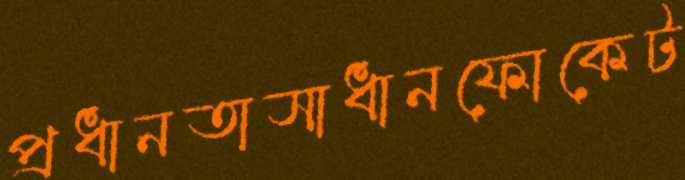
প্রধানতাসাধানফোকেট